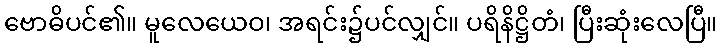
ဗောဓိပင်၏။ မူလေယေဝ၊ အရင်း၌ပင်လျှင်။ ပရိနိဋ္ဌိတံ၊ ပြီးဆုံးလေပြီ။